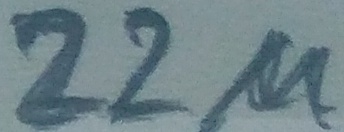
Text: 22µ